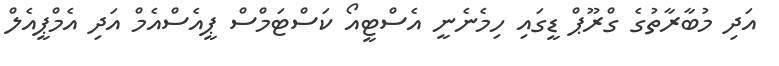
އަދި މުބާރާތުގެ ގްރޫޕް ޑީގައި ހިމެނެނީ އެސްޓީއޯ ކަސްޓަމްސް ޕީއެސްއެމް އަދި އެމްޕީއެލް